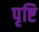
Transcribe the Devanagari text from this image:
पृष्टि